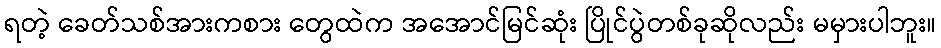
ရတဲ့ ခေတ်သစ်အားကစား တွေထဲက အအောင်မြင်ဆုံး ပြိုင်ပွဲတစ်ခုဆိုလည်း မမှားပါဘူး။